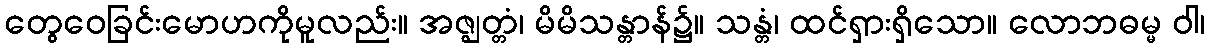
တွေဝေခြင်းမောဟကိုမူလည်း။ အဇ္ဈတ္တံ၊ မိမိသန္တာန်၌။ သန္တံ၊ ထင်ရှားရှိသော။ လောဘဓမ္မ ဝါ၊